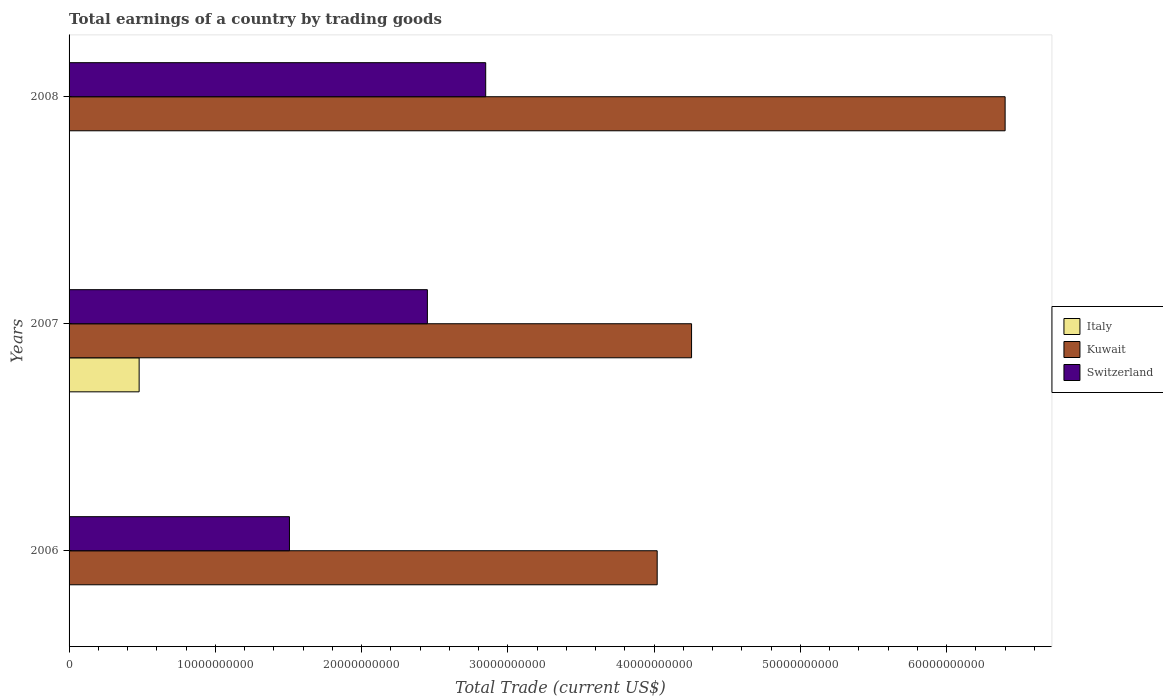
| Years | Italy | Kuwait | Switzerland |
 | --- | --- | --- | --- |
 | 2006 | -1.28e+10 | 4.02e+10 | 1.51e+10 |
 | 2007 | 4.79e+09 | 4.26e+10 | 2.45e+10 |
 | 2008 | -3.97e+09 | 6.4e+10 | 2.85e+10 |